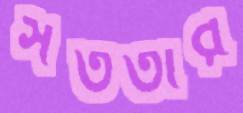
সততার